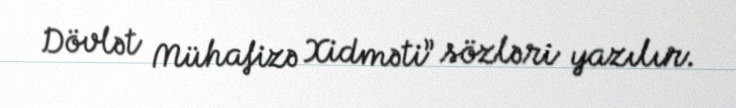
Dövlət Mühafizə Xidməti” sözləri yazılır.